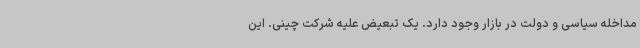
مداخله سیاسی و دولت در بازار وجود دارد. یک تبعیض علیه شرکت چینی. این